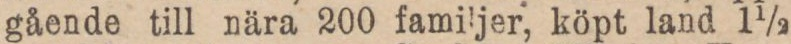
gående till nära 200 familjer, köpt land 1 1/2